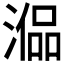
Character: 𣼞